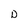
Character: D